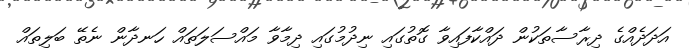
އަދަދެއްގެ ދިރާސާތަކުން ދައްކާފައިވާ ގޮތުގައި ނިދުމުގައި ދިމާވާ މައްސަލަތައް ހަނދާން ނެތޭ ބަލިތައް